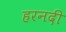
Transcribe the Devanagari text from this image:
हरनदी